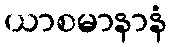
ယာစမာနာနံ